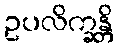
ဥပလိက္ခန္တိ